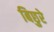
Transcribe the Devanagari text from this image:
बिछुरे